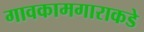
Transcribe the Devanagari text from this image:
गावकामगाराकडे